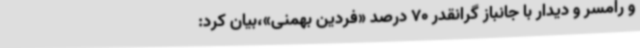
و رامسر و دیدار با جانباز گرانقدر 70 درصد «فردین بهمنی»،بیان کرد: